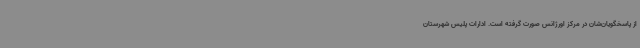
از پاسخگویان‌شان در مرکز اورژانس صورت گرفته است. ادارات پلیس شهرستان